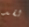
لقد